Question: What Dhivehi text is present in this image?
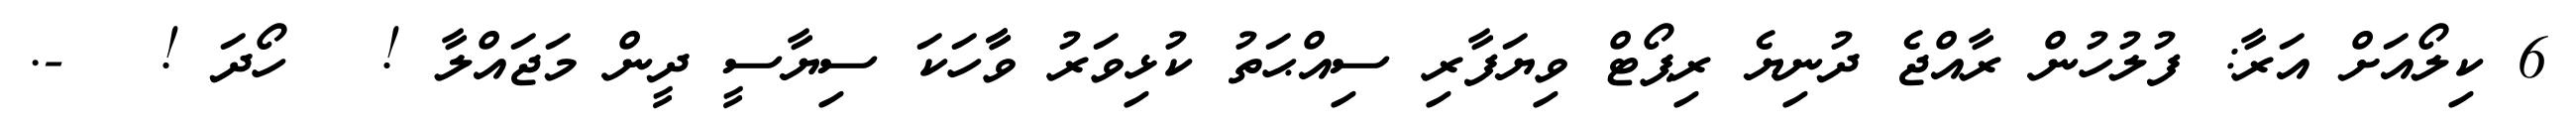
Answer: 6 ކިލޯއަށް އަރާ: ފުލުހުން ރާއްޖެ ދުނިޔެ ރިޕޯޓް ވިޔަފާރި ސިއްޙަތު ކުޅިވަރު ވާާހަކަ ސިޔާސީ ދީން މަޖައްލާ ! ? ހޯދަ ! ? -.